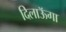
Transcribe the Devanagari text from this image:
दिलाऊॅगा